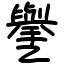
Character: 㐦